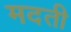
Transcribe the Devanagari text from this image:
मदती